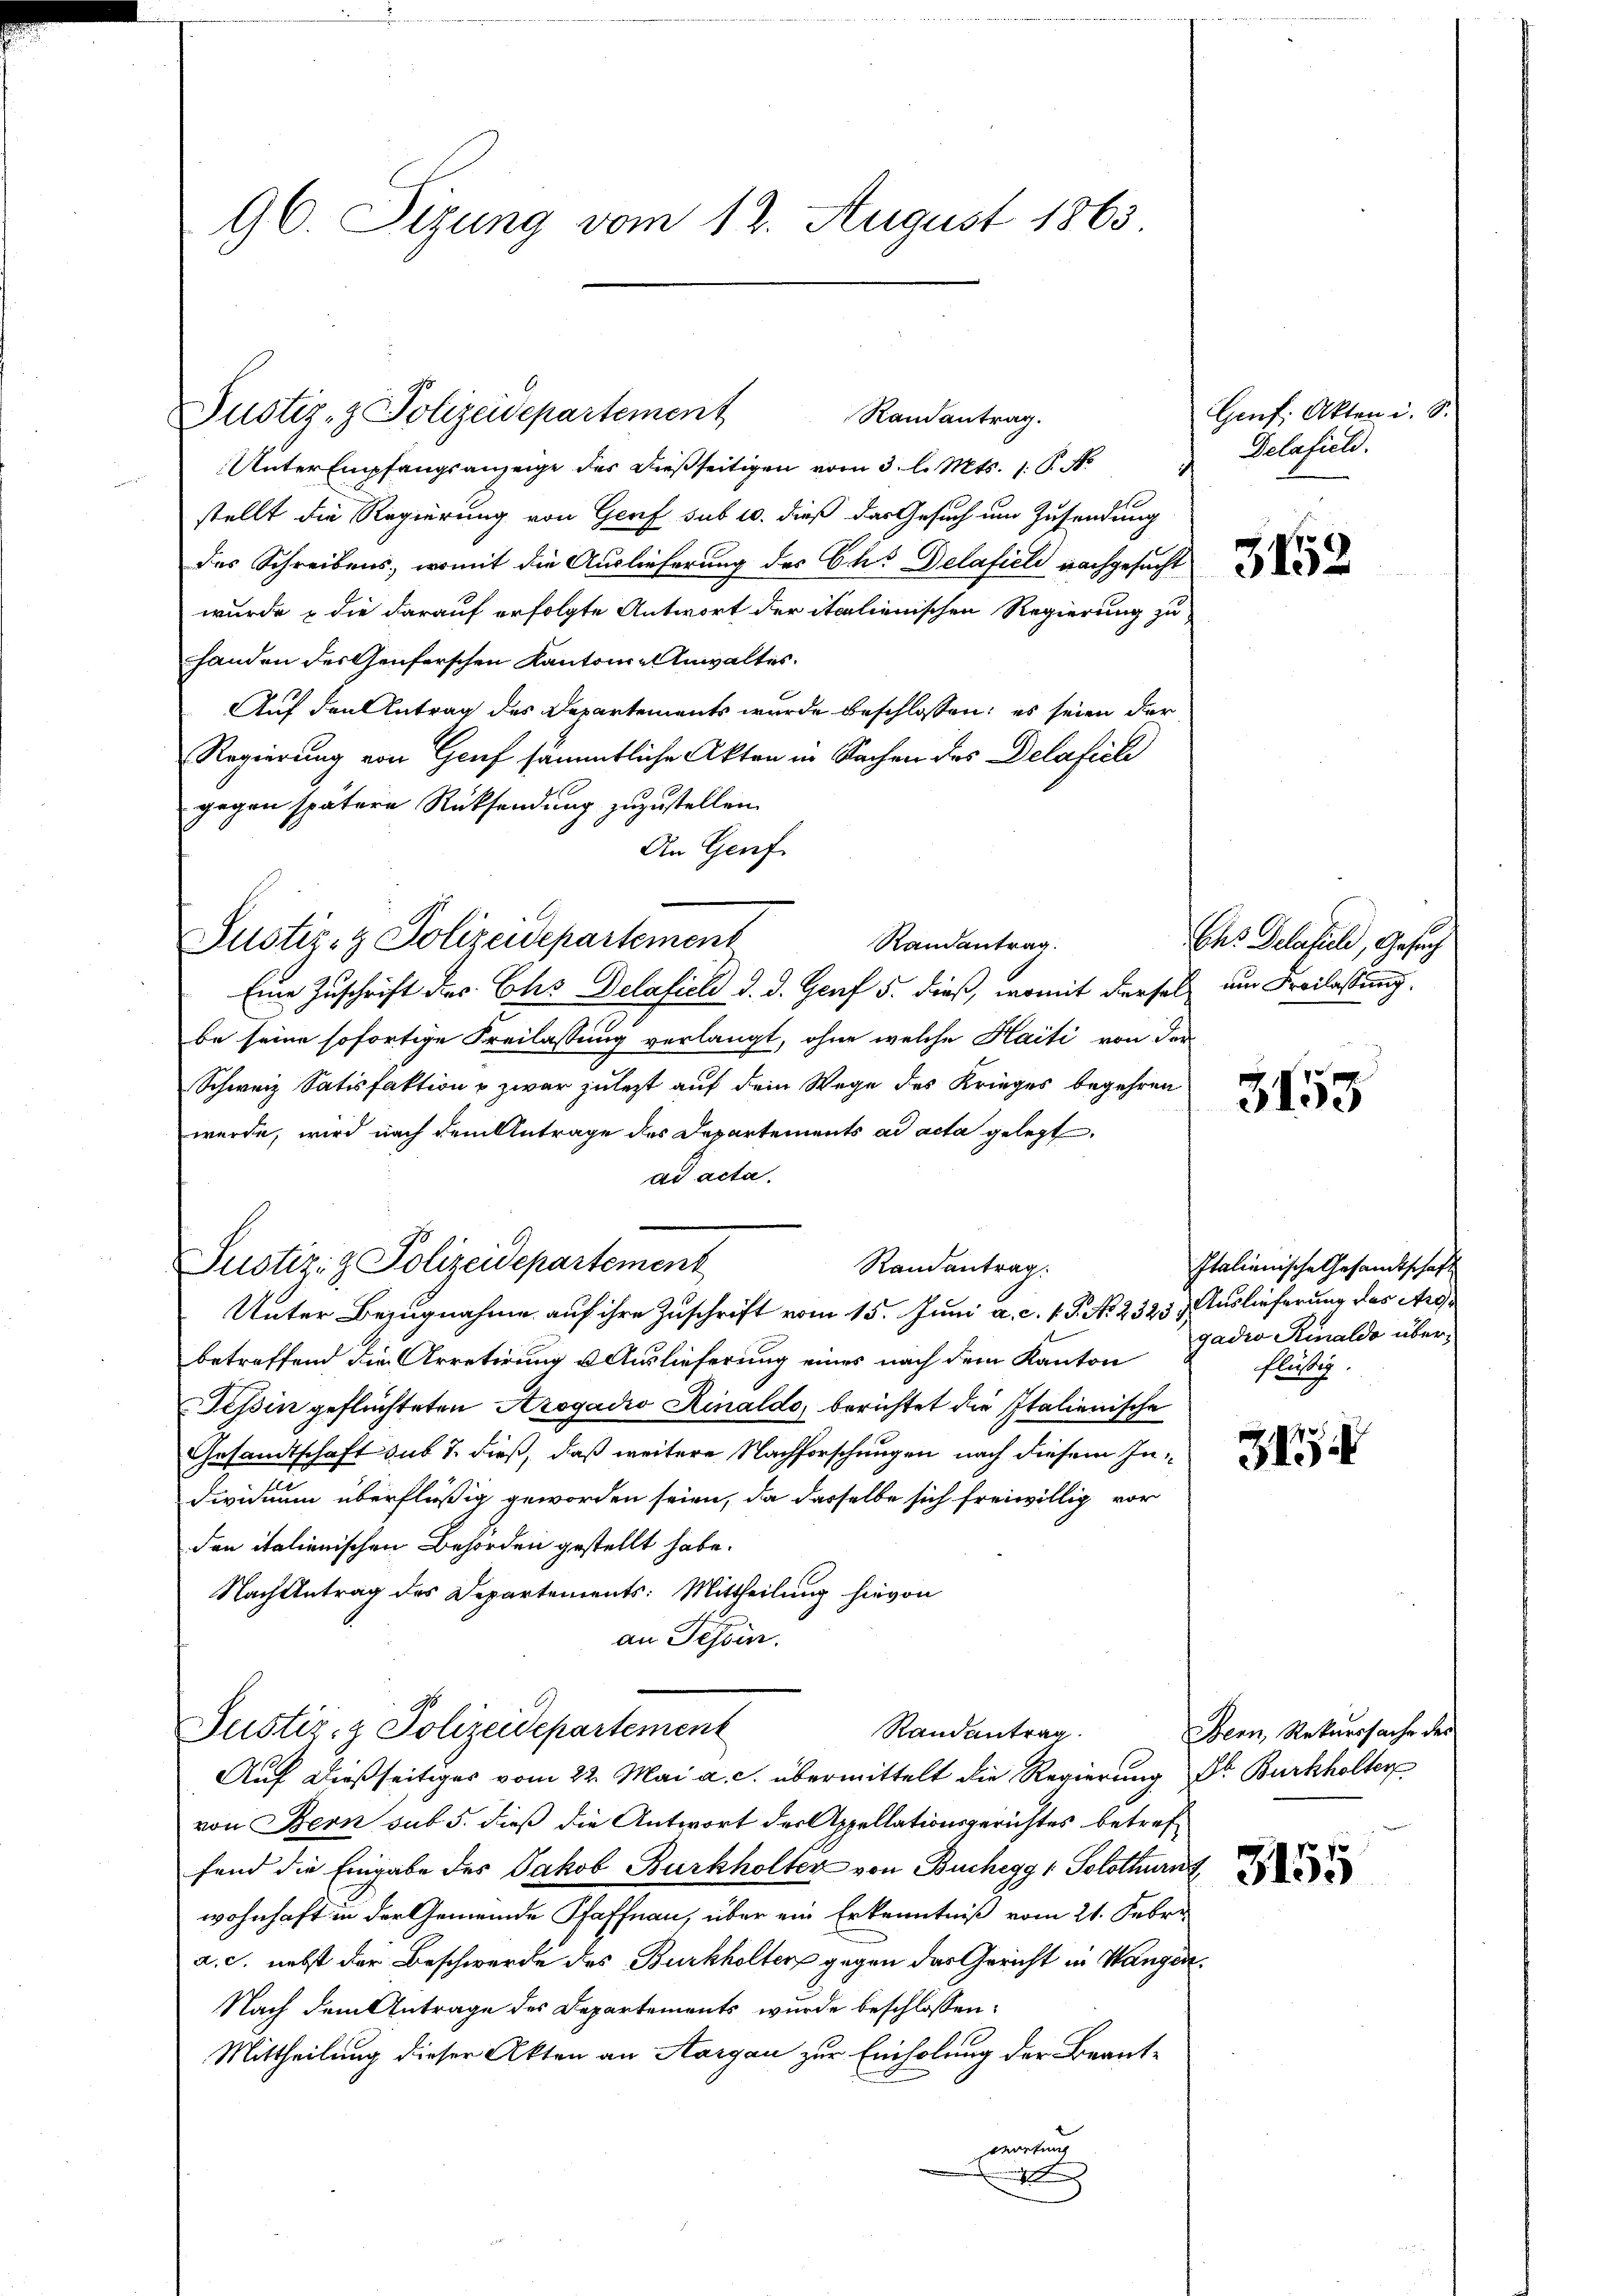
96. Sizung vom 12. August 1863

Justiz- & Polizeidepartement
Randantrag.

Justiz- & Polizeidepartement

Unter Empfangsanzeige des dießseitigen vom 3. l. Mts. 1. P. N
stellt die Regierung von Genf sub 10. dieß das Gesuch um Zusendung
des Schreibens, womit die Auslieferung des Cts Delafiele nachgesucht
wurde & die darauf erfolgte Antwort der italienischen Regierung zu
handen der Genferschen Kantons-Anwalter.
Auf den Antrag des Departements wurde beschlossen; es seien der
Regierung von Gruf sämmtliche Akten in Sachen des Delaficli
gegen spätere Rücksendung zuzustellen.
An Genf
Justiz- & Polizeidepartement
Randantrag.
Eine Zuschrift des Chs Delafieli d. d. Genf 5. dieß, womit dersel am Freilassung
be seine sofortige Freilassung verlangt, ohne welche Haiti von der
Schweiz Satisfaktion & zwar zulezt auf dem Wege des Krieges begehren
wurde, wird nach dem Antrage des Departements ad acta gelegt.
ad acta.
Randantrag.
Unter Bezugnahme auf ihre Zuschrift vom 15. Juni a. c. v. 9. No. 2323) Auslieferung des Argbetreffend die Arretirung u. Auslieferung eines nach dem Kanton
Tessin geflüchteten Azogadio Rinaldo, berichtet die Italienische
Gesandtschaft sub 7. dieß, daß weitere Nachforschungen nach diesem In¬
Dividuum überflüßig geworden seien, da dasselbe sich freiwillig vor
den italienischen Behörden gestellt habe.
Nach Antrag des Departements: Mittheilung hievon
an Tessin.
Justiz- & Polizeidepartement
Randantrag.
Auf dießseitiges vom 22. Mai a. c. übermittelt die Regierung Dr. Burkholter
von Bern sub 5. dieß die Antwort der Appellationsgerichtes betreffend die Eingabe des Jakob Burkholter von Buchegg, Solothurn
wohnhaft in der Gemeinde Pfaffnau, über ein Erkenntniß vom 21. Febr.
a. c. nebst der Beschwerde des Burkholter gegen der Gericht in Wangen.
Nach dem Antrage des Departements wurde beschlossen:
Mittheilung dieser Akten an Aargau zur Einholung der Beant-
wortung
t

Genf. Akten i. S.
Delafiel.
s

3152

Chs Belassel, Gesuch

3153

Italienische Gesamtschaft
gadio Rialdo überflüssig.

31

Bern, Rekurssache des